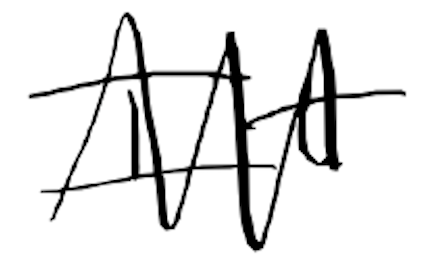
Text: It
Cross-out: mix
Writing tool: digital_black